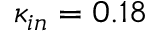
{ { \kappa } _ { i n } } = 0 . 1 8